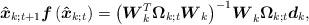
LaTeX: \begin{align*}{{{\boldsymbol{\hat x}}}_{k;t + 1}}{}{\boldsymbol{f}}\left( {{{{\boldsymbol{\hat x}}}_{k;t}}} \right) = {\left( {{\boldsymbol{W}}_k^T{{\boldsymbol{\Omega }}_{k;t}}{{\boldsymbol{W}}_k}} \right)^{ - 1}}{\boldsymbol{W}}_k^{}{{\boldsymbol{\Omega }}_{k;t}}{{\boldsymbol{d}}_k},\end{align*}